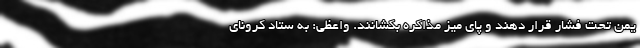
یمن تحت فشار قرار دهند و پای میز مذاکره بکشانند. واعظی: به ستاد کرونای